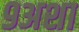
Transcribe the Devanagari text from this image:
९अशा